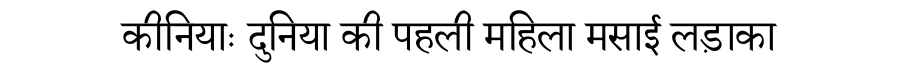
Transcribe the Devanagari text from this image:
कीनियाः दुनिया की पहली महिला मसाई लड़ाका